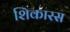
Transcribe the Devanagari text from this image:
शिकारस